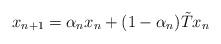
LaTeX: \begin{align*} x_{n+1} = \alpha_n x_n + (1-\alpha_n) \tilde{T}x_n \end{align*}